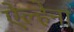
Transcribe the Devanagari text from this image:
ऐल्हेना